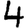
Digit: 4